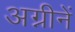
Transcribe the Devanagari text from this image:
अग्नीनें